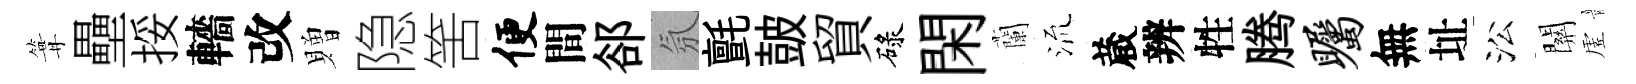
篝壘挼轖改贈隐筈便間郤氛氈皷貿碌閑蘭𣴑蔵辨牲腾瞩無址㳂關虗